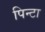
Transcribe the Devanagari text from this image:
पिन्टा